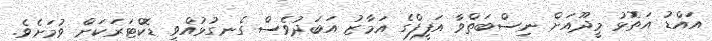
އައްޑު އަތޮޅު މީދޫއަށް ނިސްބަތްވާ އަފީފްގެ އަމާޒު އަބަދުވެސް ގެނގުޅުއްވީ ޑޮކްޓަރަކަށް ވުމަށެވެ.